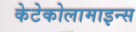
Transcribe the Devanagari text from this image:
केटेकोलामाइन्स